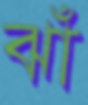
ঝাঁ